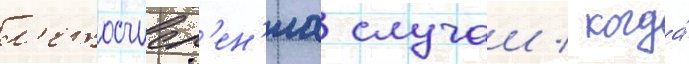
л'етосчисл'ен'иа случаи / когда́